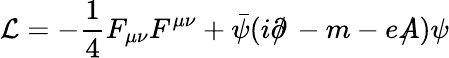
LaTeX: {\cal L}=-\frac{1}{4}F_{\mu\nu}F^{\mu\nu}+\bar{\psi}(i\partial\! \! \! /\, -m-eA\! \! \! \! /\, )\psi